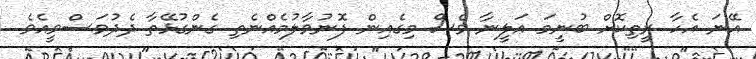
އޭނަ އެހާ ރީތިކޮށް ބުނީމަ އަލީނާ ވެސް މިގެއިން ފޮނުވާލުމެއްނެތި ގެންގުޅޭތާ ދެދުވަސްވީއެވެ.